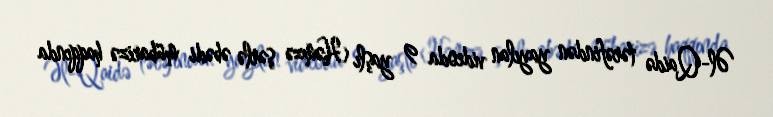
Əl-Qaidə tərəfindən yayılan videoda 9 yaşlı Həmzə şərlə əbədi mübarizə haqqında